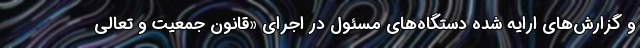
و گزارش‌های ارایه شده دستگاه‌های مسئول در اجرای «قانون جمعیت و تعالی